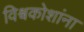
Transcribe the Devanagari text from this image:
विश्वकोशांना